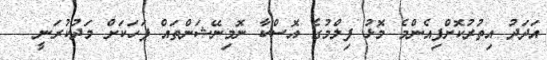
އަދަދު އިތުރުކޮށްފިއެންމެ މޮޅު ފިލްމުގެ އޮސްކާ ނޮމިނޭޝަންތައް ފަހަކަށް މަދުކުރަނީ